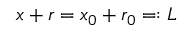
x + r = x _ { 0 } + r _ { 0 } = : L